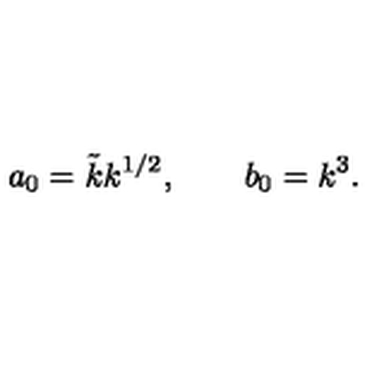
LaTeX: a _ { 0 } = \tilde { k } k ^ { 1 / 2 } , \qquad b _ { 0 } = k ^ { 3 } .